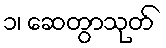
၁၊ ဆေတွာသုတ်